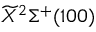
\widetilde { X } ^ { 2 } \Sigma ^ { + } ( 1 0 0 )